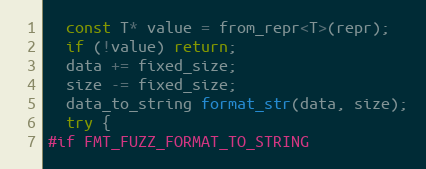
Language: C++
  const T* value = from_repr<T>(repr);
  if (!value) return;
  data += fixed_size;
  size -= fixed_size;
  data_to_string format_str(data, size);
  try {
#if FMT_FUZZ_FORMAT_TO_STRING